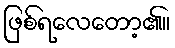
ဖြစ်ရလေတော့၏။